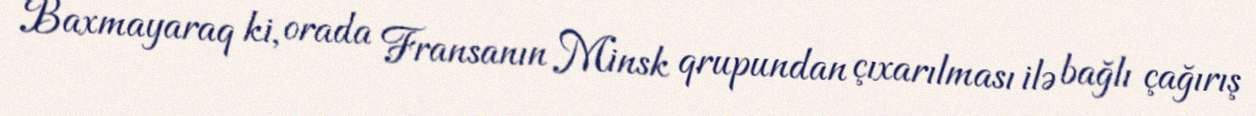
Baxmayaraq ki, orada Fransanın Minsk qrupundan çıxarılması ilə bağlı çağırış